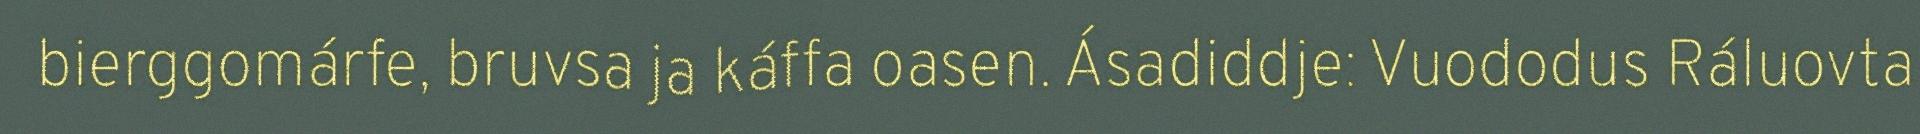
bierggomárfe, bruvsa ja káffa oasen. Ásadiddje: Vuododus Ráluovta